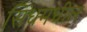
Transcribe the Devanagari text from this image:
सिंधमधील